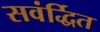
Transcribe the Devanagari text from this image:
सवंर्द्धित